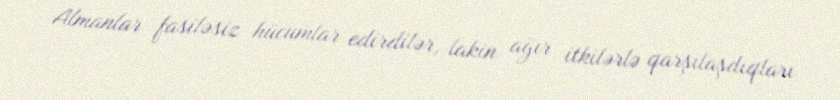
Almanlar fasiləsiz hücumlar edirdilər, lakin ağır itkilərlə qarşılaşdıqları